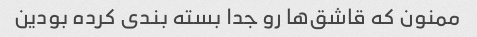
ممنون که قاشق‌ها رو جدا بسته بندی کرده بودین